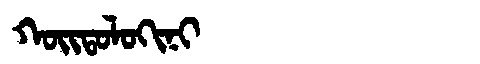
Manchu: ᡴᠣᡳᡨᠣᠯᠣᡴᡳᠨᡳ
Romanization: KOITOLOKINI